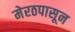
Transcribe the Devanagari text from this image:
मेरठपासून